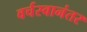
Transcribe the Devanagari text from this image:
वर्चस्वानंतर